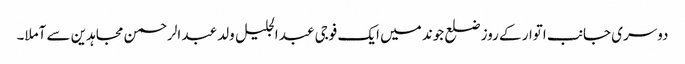
دوسری جانب اتوار کے روز ضلع جوند میں ایک فوجی عبد الجلیل ولد عبد الرحمن مجاہدین سے آملا۔